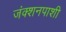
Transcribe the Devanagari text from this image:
जंक्शनपाशी